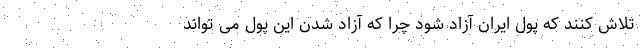
تلاش کنند که پول ایران آزاد شود چرا که آزاد شدن این پول می تواند